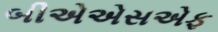
બીએએસએફ